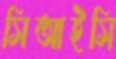
সিআইসি